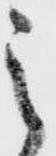
之